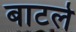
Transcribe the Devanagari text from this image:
बाटले